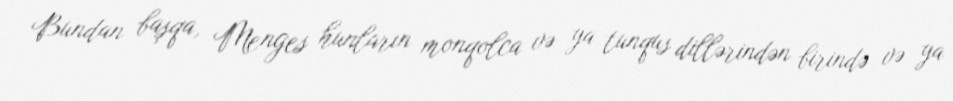
Bundan başqa, Menges hunların monqolca və ya tunqus dillərindən birində və ya